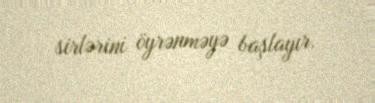
sirlərini öyrənməyə başlayır.